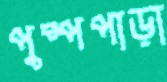
পুষ্পপাড়া